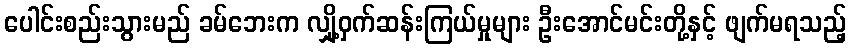
ပေါင်းစည်းသွားမည် ခမ်ဘေးက လျှို့ဝှက်ဆန်းကြယ်မှုများ ဦးအောင်မင်းတို့နှင့် ဖျက်မရသည့်